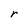
Character: r